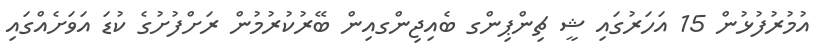
އުމުރުފުޅުން 15 އަހަރުގައި ޝީ ޗިންޕިންގ ބެއިޖިންގއިން ބޭރުކުރުމުން ރަށްފުށުގެ ކުޑަ އަވަށެއްގައި